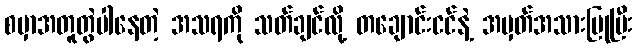
စမှာအတူတွဲပါနေတဲ့ အသရကို သတ်ချင်လို့ တချောင်းငင်နဲ့ အမှတ်အသားပြုပြီး